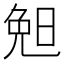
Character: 𣆶